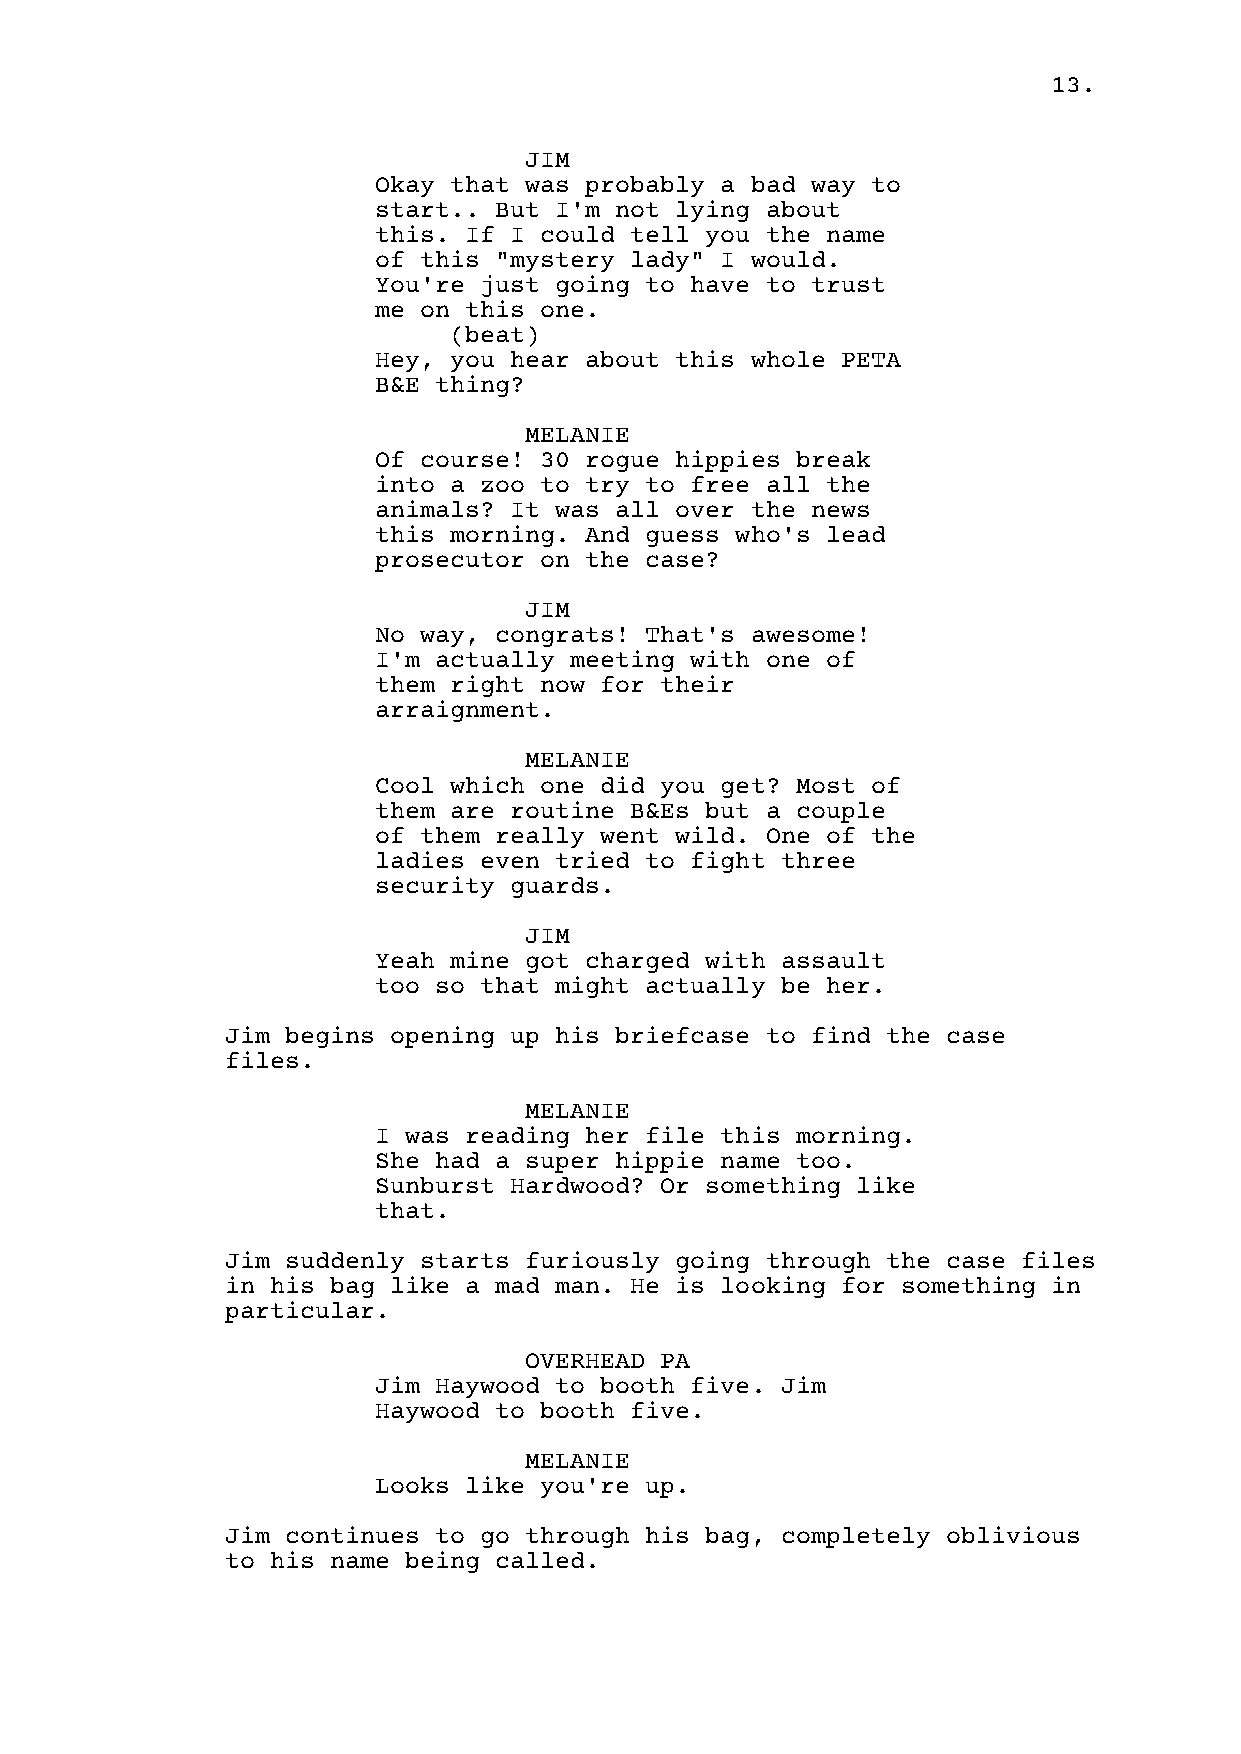
13.
 JIM
 Okay that was probably a bad way to
 start.. But I'm not lying about
 this. If I could tell you the name
 of this "mystery lady" I would.
 You're just going to have to trust
 me on this one.
 (beat)
 Hey, you hear about this whole PETA
 B&E thing?
 MELANIE
 Of course! 30 rogue hippies break
 into a zoo to try to free all the
 animals? It was all over the news
 this morning. And guess who's lead
 prosecutor on the case?
 JIM
 No way, congrats! That's awesome!
 I'm actually meeting with one of
 them right now for their
 arraignment.
 MELANIE
 Cool which one did you get? Most of
 them are routine B&Es but a couple
 of them really went wild. One of the
 ladies even tried to fight three
 security guards.
 JIM
 Yeah mine got charged with assault
 too so that might actually be her.
 Jim begins opening up his briefcase to find the case
 files.
 MELANIE
 I was reading her file this morning.
 She had a super hippie name too.
 Sunburst Hardwood? Or something like
 that.
 Jim suddenly starts furiously going through the case files
 in his bag like a mad man. He is looking for something in
 particular.
 OVERHEAD PA
 Jim Haywood to booth five. Jim
 Haywood to booth five.
 MELANIE
 Looks like you're up.
 Jim continues to go through his bag, completely oblivious
 to his name being called.